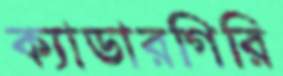
ক্যাডারগিরি